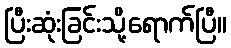
ပြီးဆုံးခြင်းသို့ရောက်ပြီ။